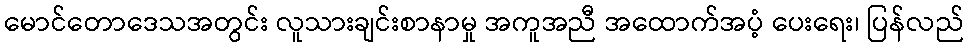
မောင်တောဒေသအတွင်း လူသားချင်းစာနာမှု အကူအညီ အထောက်အပံ့ ပေးရေး၊ ပြန်လည်